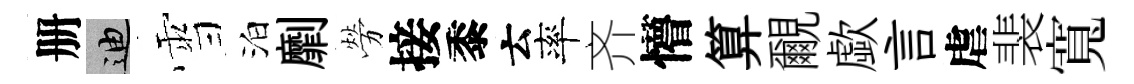
册迪雪泊劘勞接黍云率齐懵算覼歔言虐裴寬